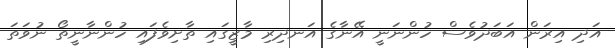
އަދި އިރަން އަބަދުވެސް ހުންނަނީ އޭނާގެ އަނދިރި މާޒީގައި ތާށިވެފައި ހުންނާނީތޯ ނުވަތަ